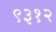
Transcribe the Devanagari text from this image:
९३१२